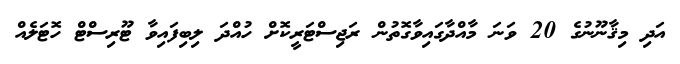
އަދި މިޤާނޫނުގެ 20 ވަނަ މާއްދާގައިވާގޮތުން ރަޖިސްޓަރީކޮށް ހުއްދަ ލިބިފައިވާ ޓޫރިސްޓް ހޮޓަލެއް